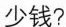
少钱?